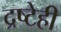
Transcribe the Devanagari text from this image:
द्रष्टेही